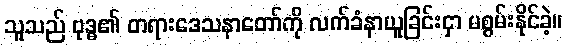
သူသည် ဗုဒ္ဓ၏ တရားဒေသနာတော်ကို လက်ခံနာယူခြင်းငှာ မစွမ်းနိုင်ခဲ့။